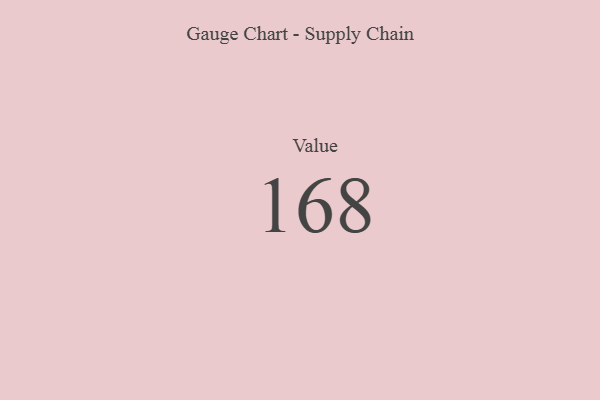
{"axis": {"x": "Metric", "y": "Value"}, "legend": [""], "data": [{"x": "Value", "y": 168, "type": ""}]}